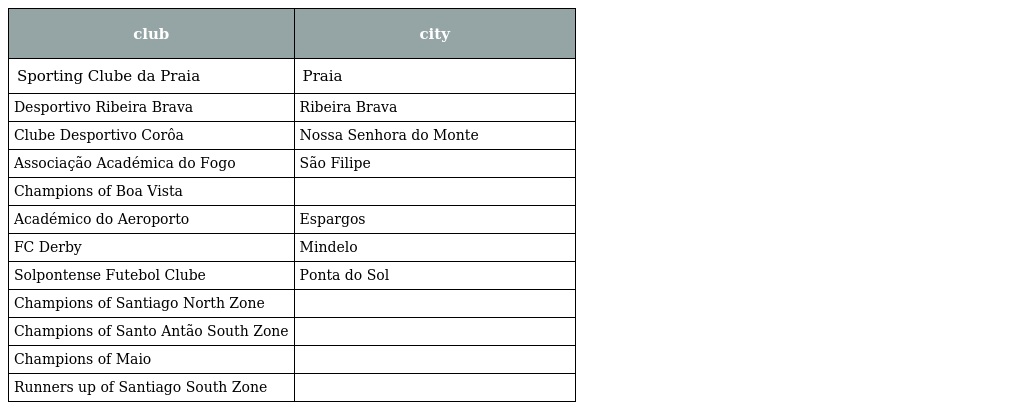
| club | city |
 | --- | --- |
 | Sporting Clube da Praia | Praia |
 | Desportivo Ribeira Brava | Ribeira Brava |
 | Clube Desportivo Corôa | Nossa Senhora do Monte |
 | Associação Académica do Fogo | São Filipe |
 | Champions of Boa Vista |  |
 | Académico do Aeroporto | Espargos |
 | FC Derby | Mindelo |
 | Solpontense Futebol Clube | Ponta do Sol |
 | Champions of Santiago North Zone |  |
 | Champions of Santo Antão South Zone |  |
 | Champions of Maio |  |
 | Runners up of Santiago South Zone |  |